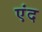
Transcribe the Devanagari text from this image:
एंद